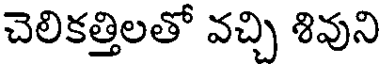
చెలికత్తిలతో వచ్చి శివుని